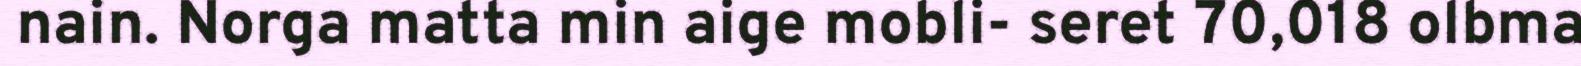
nain. Norga matta min aige mobli- seret 70,018 olbma